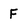
Character: F